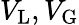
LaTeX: V_{\mathrm{L}},V_{\mathrm{G}}